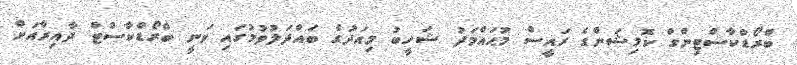
ބްރޯޑްކާސްޓިންގް ކޮމިޝަންގެ ރައީސް މުޙައްމަދު ޝަހީބު މިއަދުގެ ބައްދަލުވުމުގައި ވަނީ ބްރޯޑްކާސްޓް ދާއިރާއަށް